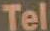
Tel